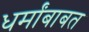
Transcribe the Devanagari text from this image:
धर्मांबाबत